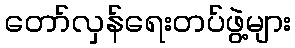
တော်လှန်ရေးတပ်ဖွဲ့များ